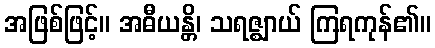
အဖြစ်ဖြင့်။ အဓီယန္တိ၊ သရဇ္ဈာယ် ကြရကုန်၏။